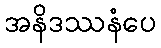
အနိဒဿနံပေ